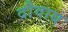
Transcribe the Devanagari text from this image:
दौवाब